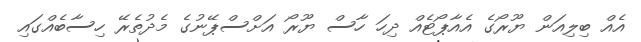
އެއް ބިލިއަން ޔޫރޯގެ އެއާޕޯޓެއް ދިހަ ހާސް ޔޫރޯ އަށްސްޕޭނުގެ މެދުތެރޭ ހިސާބެއްގައި